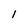
Character: 1